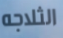
الثلاجه